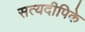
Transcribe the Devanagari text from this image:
सत्यदीपिके